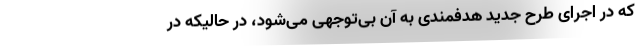
که در اجرای طرح جدید هدفمندی به‌ آن‌ بی‌توجهی می‌شود، در حالیکه در